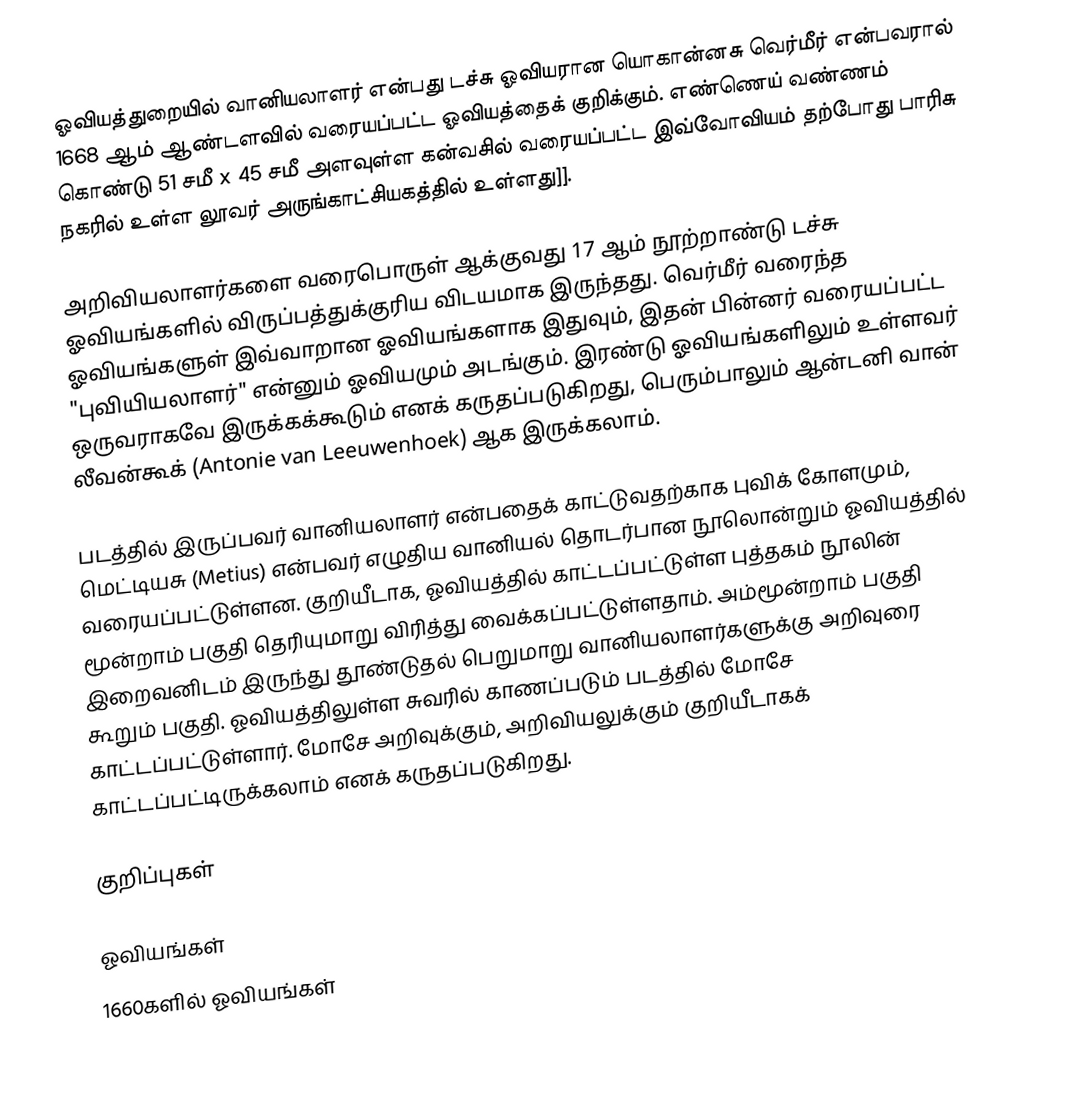
ஓவியத்துறையில் வானியலாளர் என்பது டச்சு ஓவியரான யொகான்னசு வெர்மீர் என்பவரால் 1668 ஆம் ஆண்டளவில் வரையப்பட்ட ஓவியத்தைக் குறிக்கும். எண்ணெய் வண்ணம் கொண்டு 51 சமீ x 45 சமீ அளவுள்ள கன்வசில் வரையப்பட்ட இவ்வோவியம் தற்போது பாரிசு நகரில் உள்ள லூவர் அருங்காட்சியகத்தில் உள்ளது]].

அறிவியலாளர்களை வரைபொருள் ஆக்குவது 17 ஆம் நூற்றாண்டு டச்சு ஓவியங்களில் விருப்பத்துக்குரிய விடயமாக இருந்தது. வெர்மீர் வரைந்த ஓவியங்களுள் இவ்வாறான ஓவியங்களாக இதுவும், இதன் பின்னர் வரையப்பட்ட "புவியியலாளர்" என்னும் ஓவியமும் அடங்கும். இரண்டு ஓவியங்களிலும் உள்ளவர் ஒருவராகவே இருக்கக்கூடும் எனக் கருதப்படுகிறது, பெரும்பாலும் ஆன்டனி வான் லீவன்கூக் (Antonie van Leeuwenhoek) ஆக இருக்கலாம்.

படத்தில் இருப்பவர் வானியலாளர் என்பதைக் காட்டுவதற்காக புவிக் கோளமும், மெட்டியசு (Metius) என்பவர் எழுதிய வானியல் தொடர்பான நூலொன்றும் ஓவியத்தில் வரையப்பட்டுள்ளன. குறியீடாக, ஓவியத்தில் காட்டப்பட்டுள்ள புத்தகம் நூலின் மூன்றாம் பகுதி தெரியுமாறு விரித்து வைக்கப்பட்டுள்ளதாம். அம்மூன்றாம் பகுதி இறைவனிடம் இருந்து தூண்டுதல் பெறுமாறு வானியலாளர்களுக்கு அறிவுரை கூறும் பகுதி. ஓவியத்திலுள்ள சுவரில் காணப்படும் படத்தில் மோசே காட்டப்பட்டுள்ளார். மோசே அறிவுக்கும், அறிவியலுக்கும் குறியீடாகக் காட்டப்பட்டிருக்கலாம் எனக் கருதப்படுகிறது.

குறிப்புகள்

ஓவியங்கள்
1660களில் ஓவியங்கள்